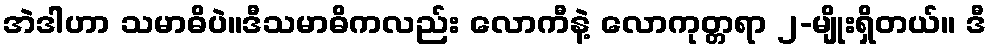
အဲဒါဟာ သမာဓိပဲ။ဒီသမာဓိကလည်း လောကီနဲ့ လောကုတ္တရာ ၂-မျိုးရှိတယ်။ ဒီ